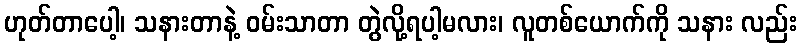
ဟုတ်တာပေါ့၊ သနားတာနဲ့ ဝမ်းသာတာ တွဲလို့ရပါ့မလား၊ လူတစ်ယောက်ကို သနား လည်း